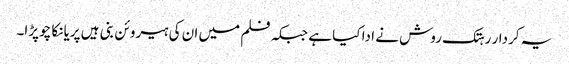
یہ کردار رہتک روش نے ادا کیا ہے جبکہ فلم میں ان کی ہیروئن بنی ہیں پریانکا چوپڑا۔